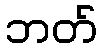
ဘတ်